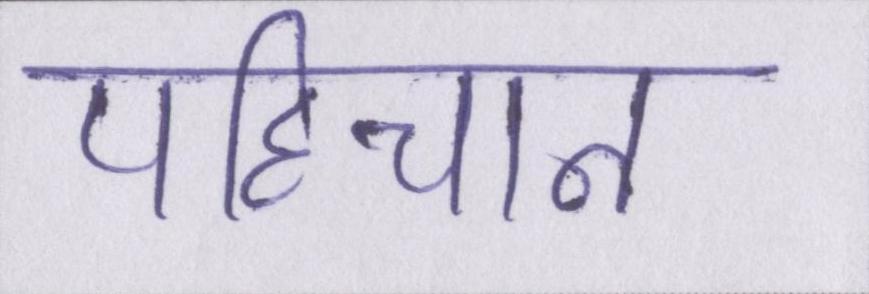
पहिचान